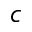
c